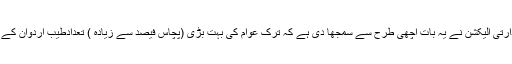
حالیہ صدارتی الیکشن نے یہ بات اچھی طرح سے سمجھا دی ہے کہ ترک عوام کی بہت بڑی (پچاس فیصد سے زیادہ ) تعدادطیب اردوان کے ساتھ ہے۔